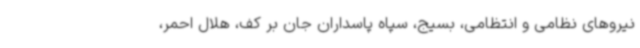
نیروهای نظامی و انتظامی، بسیج، سپاه پاسداران جان بر کف، هلال احمر،